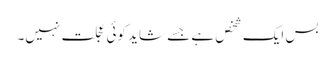
بس ایک شخص ہے جسے شاید کوئی عجلت نہیں۔